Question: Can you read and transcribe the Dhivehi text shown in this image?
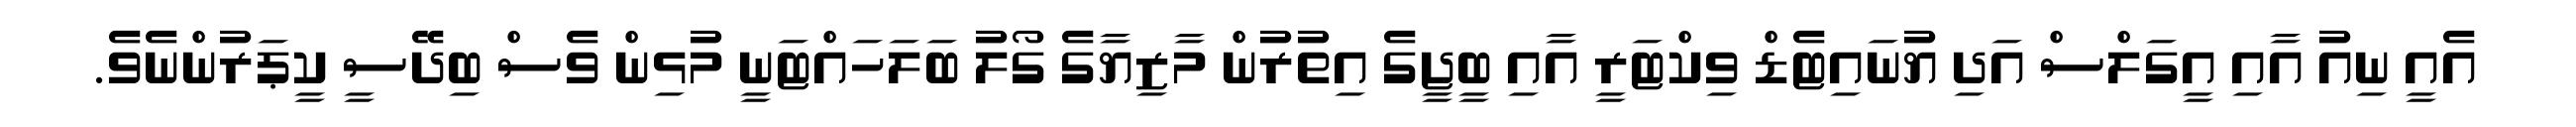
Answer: އެއީ ނިއު އާއި އީގަލްސް އަދި ޔުނައިޓެޑް ވިކްޓަރީ އާއި ބީޖީގެ އިތުރުން މާޒިޔާގެ ގޯލު ބަލަހައްޓަނީ މުޅިން ވެސް ބިދޭސީ ކީޕަރުންނެވެ.